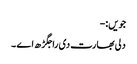
جویں:-
دلی بھارت دی راجگڑھ اے ۔